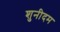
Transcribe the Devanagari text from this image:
शुनीदम